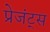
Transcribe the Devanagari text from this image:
प्रेजंट्स